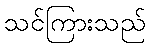
သင်ကြားသည်